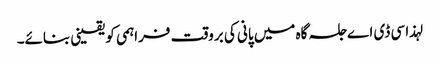
لہذا سی ڈی اے جلسہ گاہ میں پانی کی بروقت فراہمی کو یقینی بنائے۔